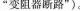
“变阻器断路”)。